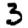
Digit: 3